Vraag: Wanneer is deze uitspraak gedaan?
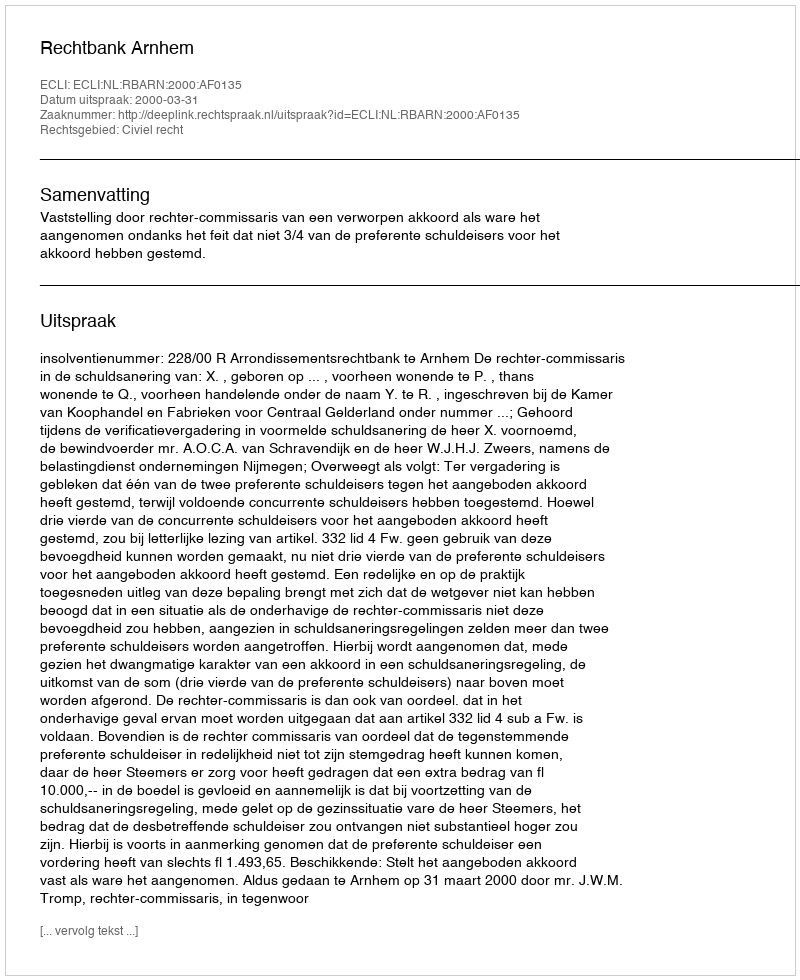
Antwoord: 2000-03-31